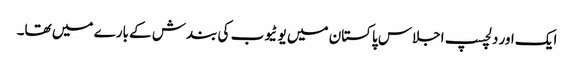
ایک اور دلچسپ اجلاس پاکستان میں یو ٹیوب کی بندش کے بارے میں تھا۔